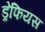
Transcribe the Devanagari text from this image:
ड्रेफियस